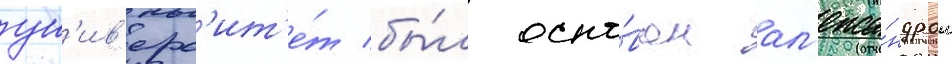
ун'ив'ерс'ит'е́т бы́л осно́ван ал'екса́ндром